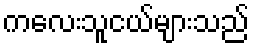
ကလေးသူငယ်များသည်